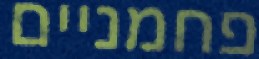
פחמניים